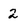
Character: 2